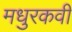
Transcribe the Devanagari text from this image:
मधुरकवी